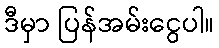
ဒီမှာ ပြန်အမ်းငွေပါ။